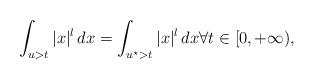
LaTeX: \begin{align*}\int_{u>t} |x|^{l} \, dx=\int_{u^{\star }>t}|x|^{l} \, dx \forall t\in [0, +\infty ), \end{align*}